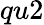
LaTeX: qu2